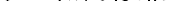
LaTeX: \smash{\phi\equiv(\pi/6)\mathscr{N}_{0}\sigma^{3}}